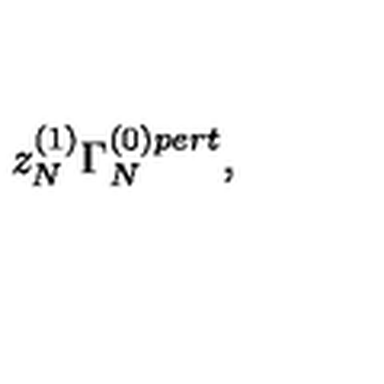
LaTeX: z _ { N } ^ { ( 1 ) } \Gamma _ { N } ^ { ( 0 ) p e r t } ,